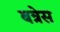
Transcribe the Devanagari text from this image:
बत्रेस